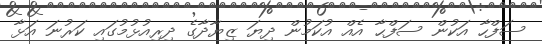
ސަފްހާ އަކުން ސަފްޙާ އެއް އުކަމުން ދިޔަ ޒިޔާދާގެ ދިރިއުޅުމުގައި ކަރުނަ އަޅާ